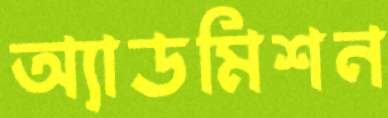
অ্যাডমিশন